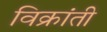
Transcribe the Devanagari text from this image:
विक्रांती